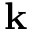
\mathbf { k }